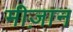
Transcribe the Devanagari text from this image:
मीज़ान